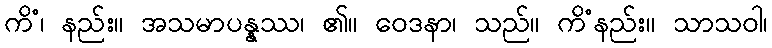
ကိံ၊ နည်း။ အသမာပန္နဿ၊ ၏။ ဝေဒနာ၊ သည်။ ကိံနည်း။ သာသဝါ၊